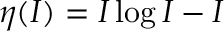
\eta ( I ) = I \log I - I